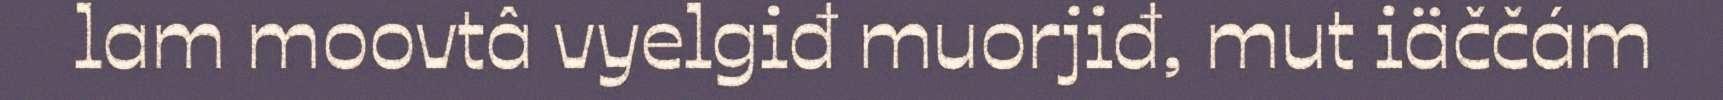
lam moovtâ vyelgiđ muorjiđ, mut iäččám